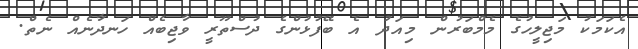
އެކަމަކު މަޖިލީހުގެ މެމްބަރުން މިއަދު އެ ބޭފުޅުންގެ ދުސްތޫރީ ވާޖިބެއް ހަނދާނެއް ނެތް.